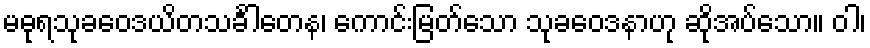
မဓုရသုခဝေဒယိတသင်္ခါတေန၊ ကောင်းမြတ်သော သုခဝေဒနာဟု ဆိုအပ်သော။ ဝါ၊